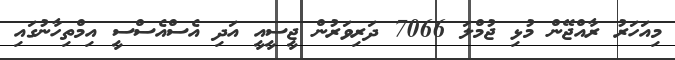
މިއަހަރު ރާއްޖޭން މުޅި ޖުމްލަ 7066 ދަރިވަރުން ޖީސީއީ އަދި އެސްއެސްސީ އިމްތިހާނުގައި